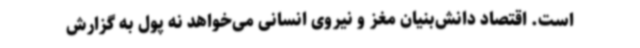
است. اقتصاد دانش‌بنیان مغز و نیروی انسانی می‌خواهد نه پول به گزارش